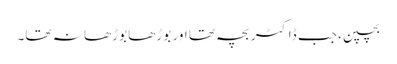
بچپن، جب ڈاکٹر بچہ تھا اور بوڑھا بوڑھا نہ تھا۔